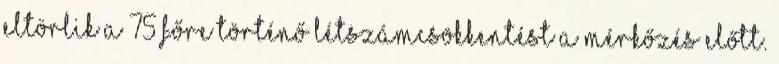
eltörlik a 75 főre történő létszámcsökkentést a mérkőzés előtt.